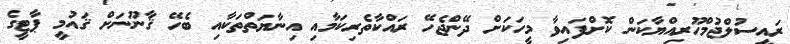
ރައީސުލްޖުމްހޫރިއްޔާކަން ކޮށްފައިވާ މީހަކަށް ދޭންޖެހޭ ރައްކާތެރިކަމާއި އިނާޔަތްތަކާއި ބެހޭ ޤާނޫނަށް ޤައުމީ ޕާޓީގެ